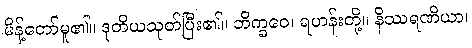
မိန့်တော်မူ၏။ ဒုတိယသုတ်ပြီး၏။ ဘိက္ခဝေ၊ ရဟန်းတို့။ နိဿရဏိယာ၊